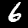
Label: 6